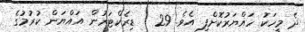
ދެ މީހަކު ހައްޔަރުކޮށްފި އެވެ. 29   ޑިރެކްޓަރުން އައްޔަން ކުރުމުގެ